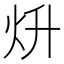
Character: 𤆭